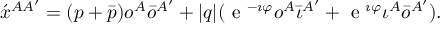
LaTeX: \acute { x } ^ { A A ^ { \prime } } = ( p + \bar { p } ) o ^ { A } \bar { o } ^ { A ^ { \prime } } + | q | ( \textrm { e } ^ { - \i \varphi } o ^ { A } \bar { \iota } ^ { A ^ { \prime } } + \textrm { e } ^ { \i \varphi } \iota ^ { A } \bar { o } ^ { A ^ { \prime } } ) .